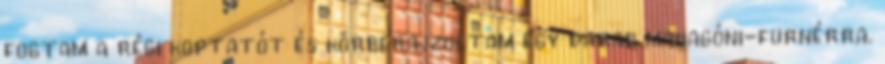
fogtam a régi koptatót és körberajzoltam egy darab mahagóni-furnérra.